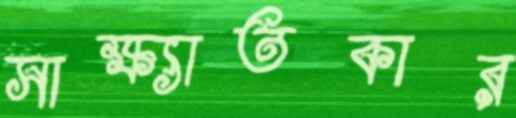
সাক্ষ্যাতকার